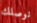
نوصلك